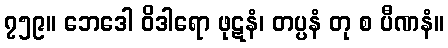
၇၅၉။ ဘေဒေါ ဝိဒါရော ဖုဋနံ၊ တပ္ပနံ တု စ ပီဏနံ။